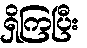
ရှိကြပြီး